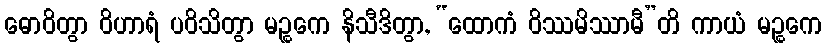
ဓောဝိတွာ ဝိဟာရံ ပဝိသိတွာ မဉ္စကေ နိသီဒိတွာ, “ထောကံ ဝိဿမိဿာမီ”တိ ကာယံ မဉ္စကေ